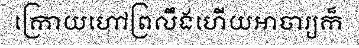
ក្រោយហៅព្រលឹងហើយអាចារ្យក៏